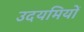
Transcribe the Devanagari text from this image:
उदयमियों